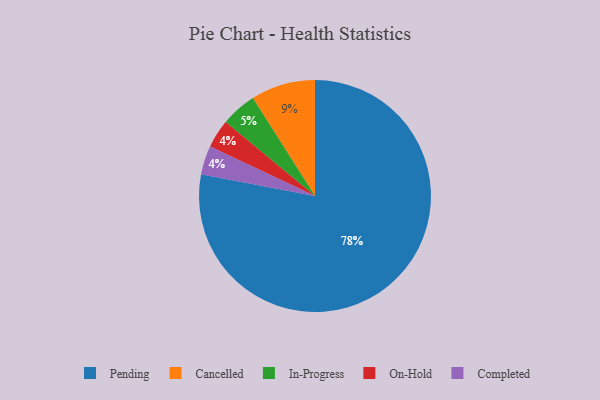
{"axis": {"x": "Category", "y": "Percentage"}, "legend": ["Cancelled", "Completed", "In-Progress", "On-Hold", "Pending"], "data": [{"x": "In-Progress", "y": 5, "type": "In-Progress"}, {"x": "On-Hold", "y": 4, "type": "On-Hold"}, {"x": "Pending", "y": 78, "type": "Pending"}, {"x": "Cancelled", "y": 9, "type": "Cancelled"}, {"x": "Completed", "y": 4, "type": "Completed"}]}